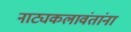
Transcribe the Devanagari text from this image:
नाट्यकलावंतांना